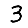
Digit: 3